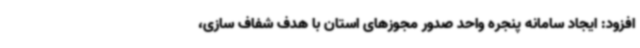
افزود: ایجاد سامانه پنجره واحد صدور مجوزهای استان با هدف شفاف سازی،